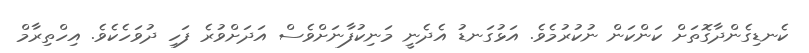
ކެނޑިގެންދާގޮތަށް ކަންކަން ނުކުރުމެވެ. އަޅުގަނޑު އެދެނީ މަނިކުފާނަށްވެސް އަދަށްވުރެ ފަހި ދުވަހެކެވެ. އިހްތިރާމް